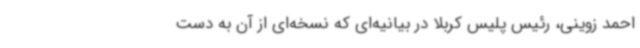
احمد زوینی، رئیس‌ پلیس کربلا در بیانیه‌ای که نسخه‌ای از آن به دست